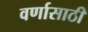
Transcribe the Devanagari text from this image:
वर्णासाठी